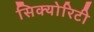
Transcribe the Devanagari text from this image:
सिक्‍योरिटी